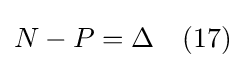
N-P=\Delta \quad (17)